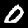
Digit: 0